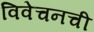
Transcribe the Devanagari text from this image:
विवेचनची